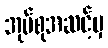
အုပ်စုအဆင့်မှ